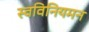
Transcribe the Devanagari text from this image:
स्वविनियमन